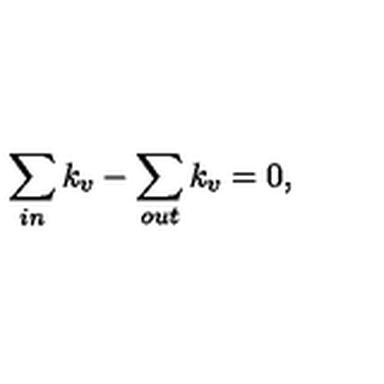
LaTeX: \sum _ { i n } k _ { v } - \sum _ { o u t } k _ { v } = 0 ,